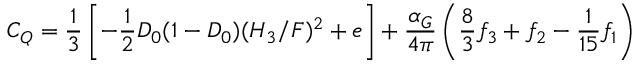
C _ { Q } = { \frac { 1 } { 3 } } \left[ - { \frac { 1 } { 2 } } D _ { 0 } ( 1 - D _ { 0 } ) ( H _ { 3 } / F ) ^ { 2 } + e \right] + { \frac { \alpha _ { G } } { 4 \pi } } \left( { \frac { 8 } { 3 } } f _ { 3 } + f _ { 2 } - { \frac { 1 } { 1 5 } } f _ { 1 } \right)